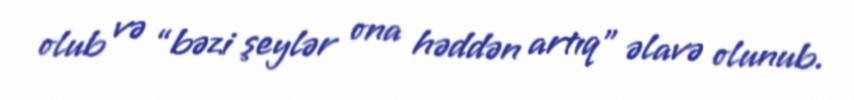
olub və “bəzi şeylər ona həddən artıq” əlavə olunub.